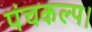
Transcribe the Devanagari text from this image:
पंचकल्प।